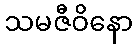
သမဇီဝိနော